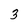
Character: 3